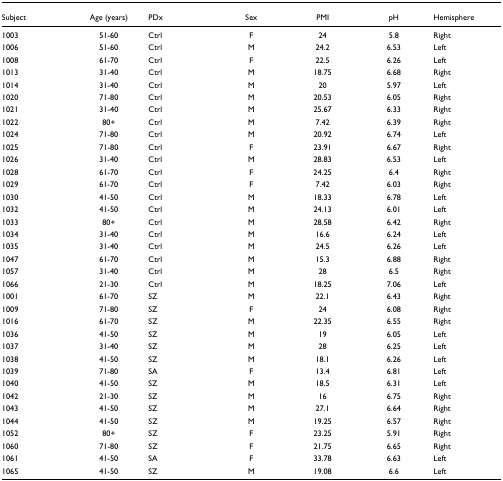
<table><thead><tr><td><b>Subject</b></td><td><b>Age (years)</b></td><td><b>PDx</b></td><td><b>Sex</b></td><td><b>PMI</b></td><td><b>pH</b></td><td><b>Hemisphere</b></td></tr></thead><tbody><tr><td>1003</td><td>51-60</td><td>Ctrl</td><td>F</td><td>24</td><td>5.8</td><td>Right</td></tr><tr><td>1006</td><td>51-60</td><td>Ctrl</td><td>M</td><td>24.2</td><td>6.53</td><td>Left</td></tr><tr><td>1008</td><td>61-70</td><td>Ctrl</td><td>F</td><td>22.5</td><td>6.26</td><td>Left</td></tr><tr><td>1013</td><td>31-40</td><td>Ctrl</td><td>M</td><td>18.75</td><td>6.68</td><td>Right</td></tr><tr><td>1014</td><td>31-40</td><td>Ctrl</td><td>M</td><td>20</td><td>5.97</td><td>Left</td></tr><tr><td>1020</td><td>71-80</td><td>Ctrl</td><td>M</td><td>20.53</td><td>6.05</td><td>Right</td></tr><tr><td>1021</td><td>31-40</td><td>Ctrl</td><td>M</td><td>25.67</td><td>6.33</td><td>Right</td></tr><tr><td>1022</td><td>80+</td><td>Ctrl</td><td>M</td><td>7.42</td><td>6.39</td><td>Right</td></tr><tr><td>1024</td><td>71-80</td><td>Ctrl</td><td>M</td><td>20.92</td><td>6.74</td><td>Left</td></tr><tr><td>1025</td><td>71-80</td><td>Ctrl</td><td>F</td><td>23.91</td><td>6.67</td><td>Right</td></tr><tr><td>1026</td><td>31-40</td><td>Ctrl</td><td>M</td><td>28.83</td><td>6.53</td><td>Left</td></tr><tr><td>1028</td><td>61-70</td><td>Ctrl</td><td>F</td><td>24.25</td><td>6.4</td><td>Right</td></tr><tr><td>1029</td><td>61-70</td><td>Ctrl</td><td>F</td><td>7.42</td><td>6.03</td><td>Right</td></tr><tr><td>1030</td><td>41-50</td><td>Ctrl</td><td>M</td><td>18.33</td><td>6.78</td><td>Left</td></tr><tr><td>1032</td><td>41-50</td><td>Ctrl</td><td>M</td><td>24.13</td><td>6.01</td><td>Left</td></tr><tr><td>1033</td><td>80+</td><td>Ctrl</td><td>M</td><td>28.58</td><td>6.42</td><td>Right</td></tr><tr><td>1034</td><td>31-40</td><td>Ctrl</td><td>M</td><td>16.6</td><td>6.24</td><td>Left</td></tr><tr><td>1035</td><td>31-40</td><td>Ctrl</td><td>M</td><td>24.5</td><td>6.26</td><td>Left</td></tr><tr><td>1047</td><td>61-70</td><td>Ctrl</td><td>M</td><td>15.3</td><td>6.88</td><td>Right</td></tr><tr><td>1057</td><td>31-40</td><td>Ctrl</td><td>M</td><td>28</td><td>6.5</td><td>Right</td></tr><tr><td>1066</td><td>21-30</td><td>Ctrl</td><td>M</td><td>18.25</td><td>7.06</td><td>Left</td></tr><tr><td>1001</td><td>61-70</td><td>SZ</td><td>M</td><td>22.1</td><td>6.43</td><td>Right</td></tr><tr><td>1009</td><td>71-80</td><td>SZ</td><td>F</td><td>24</td><td>6.08</td><td>Right</td></tr><tr><td>1016</td><td>61-70</td><td>SZ</td><td>M</td><td>22.35</td><td>6.55</td><td>Right</td></tr><tr><td>1036</td><td>41-50</td><td>SZ</td><td>M</td><td>19</td><td>6.05</td><td>Left</td></tr><tr><td>1037</td><td>31-40</td><td>SZ</td><td>M</td><td>28</td><td>6.25</td><td>Left</td></tr><tr><td>1038</td><td>41-50</td><td>SZ</td><td>M</td><td>18.1</td><td>6.26</td><td>Left</td></tr><tr><td>1039</td><td>71-80</td><td>SA</td><td>F</td><td>13.4</td><td>6.81</td><td>Left</td></tr><tr><td>1040</td><td>41-50</td><td>SZ</td><td>M</td><td>18.5</td><td>6.31</td><td>Left</td></tr><tr><td>1042</td><td>21-30</td><td>SZ</td><td>M</td><td>16</td><td>6.75</td><td>Right</td></tr><tr><td>1043</td><td>41-50</td><td>SZ</td><td>M</td><td>27.1</td><td>6.64</td><td>Right</td></tr><tr><td>1044</td><td>41-50</td><td>SZ</td><td>M</td><td>19.25</td><td>6.57</td><td>Right</td></tr><tr><td>1052</td><td>80+</td><td>SZ</td><td>F</td><td>23.25</td><td>5.91</td><td>Right</td></tr><tr><td>1060</td><td>71-80</td><td>SZ</td><td>F</td><td>21.75</td><td>6.65</td><td>Right</td></tr><tr><td>1061</td><td>41-50</td><td>SA</td><td>F</td><td>33.78</td><td>6.63</td><td>Left</td></tr><tr><td>1065</td><td>41-50</td><td>SZ</td><td>M</td><td>19.08</td><td>6.6</td><td>Left</td></tr></tbody></table>